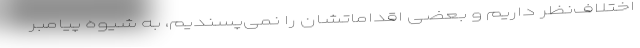
اختلاف‌نظر داریم و بعضی اقداماتشان را نمی‌پسندیم، به شیوه‌ پیامبر